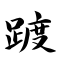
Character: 踱